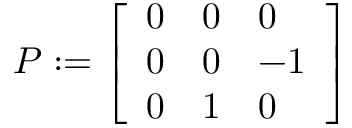
\begin{array} { r } { P : = \left[ \begin{array} { l l l } { 0 } & { 0 } & { 0 } \\ { 0 } & { 0 } & { - 1 } \\ { 0 } & { 1 } & { 0 } \end{array} \right] } \end{array}